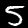
Digit: 5